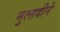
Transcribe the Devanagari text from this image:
मुत्सदीने